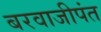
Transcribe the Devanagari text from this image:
बरवाजीपंत